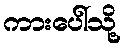
ကားပေါ်သို့